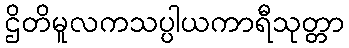
ဌိတိမူလကသပ္ပါယကာရီသုတ္တာ